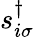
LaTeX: s_{i\sigma}^{\dagger}